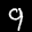
Label: 9